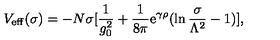
V _ { \mathrm { e f f } } ( \sigma ) = - N \sigma [ { \frac { 1 } { g _ { 0 } ^ { 2 } } } + { \frac { 1 } { 8 \pi } } \mathrm { e } ^ { \gamma \rho } ( \ln { \frac { \sigma } { \Lambda ^ { 2 } } } - 1 ) ] ,